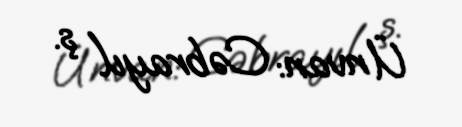
Ünvan: Cəbrayıl ş.